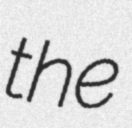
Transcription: the